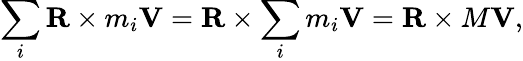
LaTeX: \sum_{i}\mathbf{R}\times m_{i}\mathbf{V}=\mathbf{R}\times\sum_{i}m_{i}\mathbf{V}=\mathbf{R}\times M\mathbf{V},